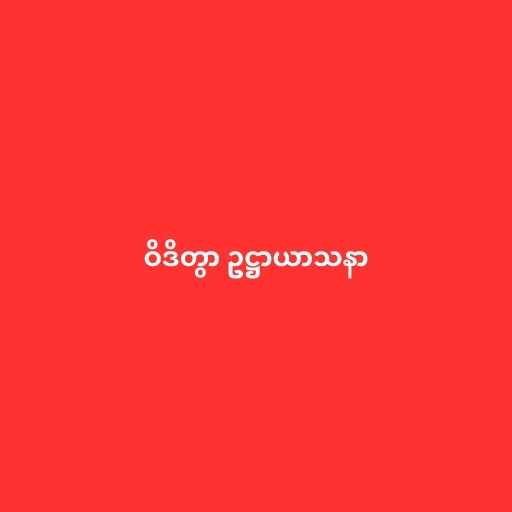
ဝိဒိတွာ ဥဋ္ဌာယာသနာ